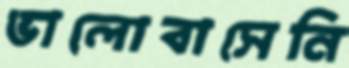
ভালোবাসেনি